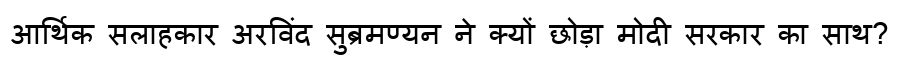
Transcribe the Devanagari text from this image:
आर्थिक सलाहकार अरविंद सुब्रमण्यन ने क्यों छोड़ा मोदी सरकार का साथ?